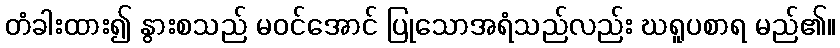
တံခါးထား၍ နွားစသည် မဝင်အောင် ပြုသောအရံသည်လည်း ဃရူပစာရ မည်၏။